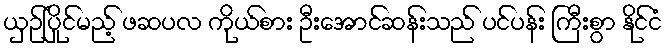
ယှဉ်ပြိုင်မည့် ဖဆပလ ကိုယ်စား ဦးအောင်ဆန်းသည် ပင်ပန်း ကြီးစွာ နိုင်ငံ